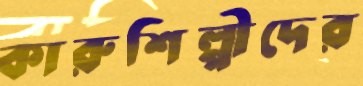
কারুশিল্পীদের